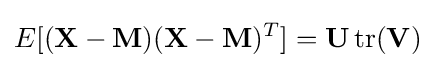
E[(\mathbf {X} -\mathbf {M} )(\mathbf {X} -\mathbf {M} )^{T}]=\mathbf {U} \operatorname {tr} (\mathbf {V} )